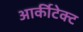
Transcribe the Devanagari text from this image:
आर्कीटेक्ट